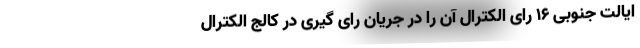
ایالت جنوبی ۱۶ رای الکترال آن را در جریان رای گیری در کالج الکترال